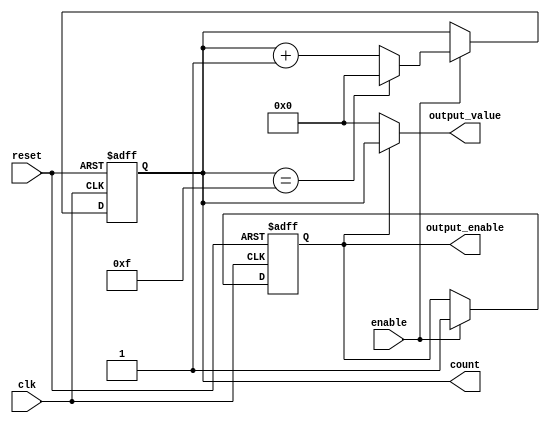
module SynchronousCounter (
    input wire clk,          // Clock input
    input wire reset,        // Asynchronous reset input
    input wire enable,       // Enable input for counting
    output reg [3:0] count,  // 4-bit counter state register
    output reg output_enable, // Output enable signal
    output reg [3:0] output_value // Output value based on count
);

// Counter maximum value
parameter MAX_COUNT = 4'b1111; // 15 for a 4-bit counter

// Asynchronous reset and synchronous counting
always @(posedge clk or posedge reset) begin
    if (reset) begin
        count <= 4'b0000; // Reset counter to 0
        output_enable <= 1'b0; // Disable output on reset
    end else if (enable) begin
        if (count == MAX_COUNT) begin
            count <= 4'b0000; // Wrap around to 0
        end else begin
            count <= count + 1; // Increment counter
        end
        output_enable <= 1'b1; // Enable output when counting
    end
end

// Output control logic
always @(*) begin
    if (output_enable) begin
        output_value = count; // Directly reflect the current count value
    end else begin
        output_value = 4'b0000; // Hold output inactive when not enabled
    end
end

endmodule